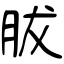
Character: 胈